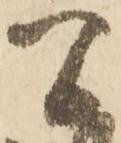
間